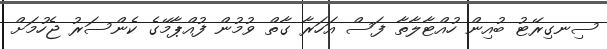
ސިނގިރޭޓު ބުއިން ހުއްޓާލާތާ ފަސް އަހަރާ ގާތް ވުމުން ފުއްޕާމޭގެ ކެންސަރު ޖެހުމަށް